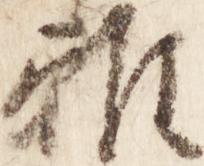
雅